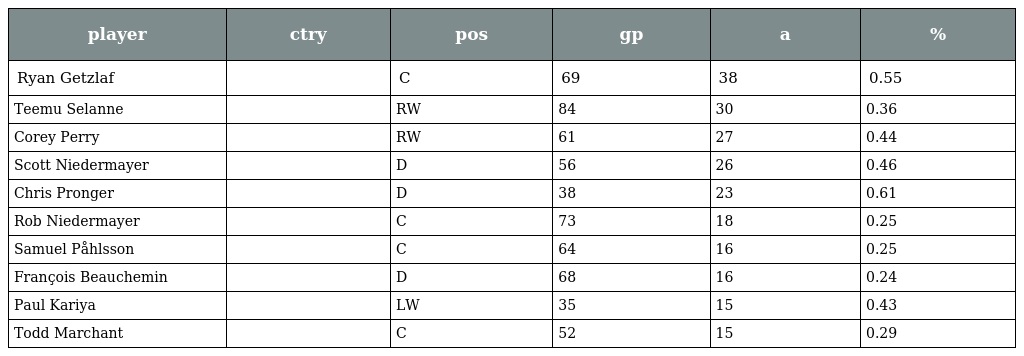
| player | ctry | pos | gp | a | % |
 | --- | --- | --- | --- | --- | --- |
 | Ryan Getzlaf |  | C | 69 | 38 | 0.55 |
 | Teemu Selanne |  | RW | 84 | 30 | 0.36 |
 | Corey Perry |  | RW | 61 | 27 | 0.44 |
 | Scott Niedermayer |  | D | 56 | 26 | 0.46 |
 | Chris Pronger |  | D | 38 | 23 | 0.61 |
 | Rob Niedermayer |  | C | 73 | 18 | 0.25 |
 | Samuel Påhlsson |  | C | 64 | 16 | 0.25 |
 | François Beauchemin |  | D | 68 | 16 | 0.24 |
 | Paul Kariya |  | LW | 35 | 15 | 0.43 |
 | Todd Marchant |  | C | 52 | 15 | 0.29 |